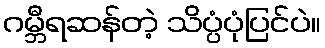
ဂမ္ဘီရဆန်တဲ့ သိပ္ပံပုံပြင်ပဲ။